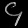
Digit: ၄